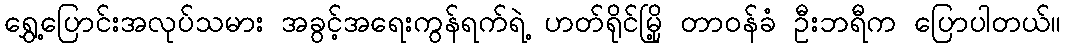
ရွှေ့ပြောင်းအလုပ်သမား အခွင့်အရေးကွန်ရက်ရဲ့ ဟတ်ရိုင်မြို့ တာဝန်ခံ ဦးဘရီက ပြောပါတယ်။